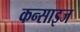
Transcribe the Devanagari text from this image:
कन्साइज